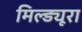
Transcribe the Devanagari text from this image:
मिल्ड्यूरा